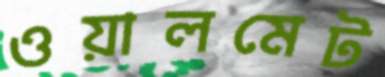
ওয়ালমেট